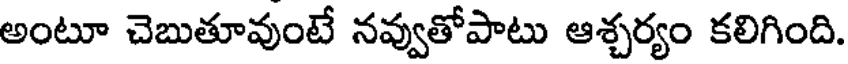
అంటూ చెబుతూవుంటే నవ్వుతోపాటు ఆశ్చర్యం కలిగింది.